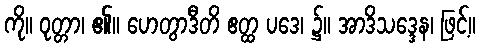
ကို။ ဝုတ္တာ၊ ၏။ ဟေတွာဒီတိ ဧတ္ထ ပဒေ၊ ၌။ အာဒိသဒ္ဒေန၊ ဖြင့်။